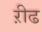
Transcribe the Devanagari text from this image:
ऱीढ